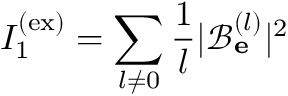
I _ { 1 } ^ { \mathrm { ( e x ) } } = \sum _ { l \neq 0 } \frac { 1 } { l } | \mathcal { B } _ { \bf e } ^ { ( l ) } | ^ { 2 }